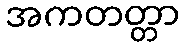
အကတတ္တာ